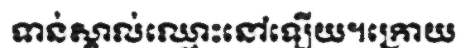
ទាន់ស្គាល់ឈ្មោះនៅឡើយ។ក្រោយ